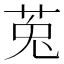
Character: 莵